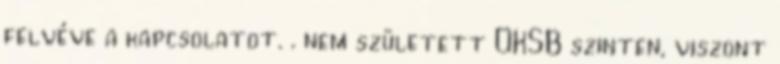
felvéve a kapcsolatot. . nem született OKSB szinten, viszont